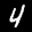
Label: 4